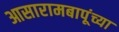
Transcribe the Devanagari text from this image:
आसारामबापूंच्या